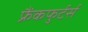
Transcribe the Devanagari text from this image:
फ्रैंकफुर्टर्स